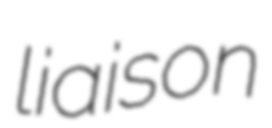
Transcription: liaison